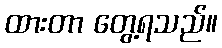
ထားတာ တွေ့ရသည်။